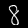
Digit: 8